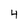
Character: 4